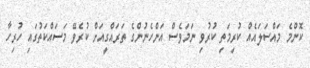
ކޮންމެ މައްސަލައެއް ކުރިމަތި ކުރުވި ނަމަވެސް އަންހެނުންގެ ތަރައްގީއަށް ކުރެވޭ މަސައްކަތުގައި ހުރިހާ